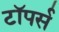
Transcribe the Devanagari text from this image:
टॉपर्स